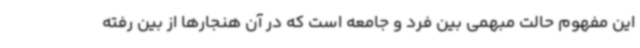
این مفهوم حالت مبهمی بین فرد و جامعه است که در آن هنجارها از بین رفته